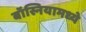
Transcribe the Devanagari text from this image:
बॉस्नियामध्ये